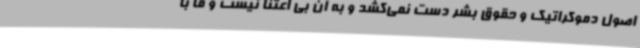
اصول دموکراتیک و حقوق بشر دست نمی‌کشد و به آن بی اعتنا نیست و ما با